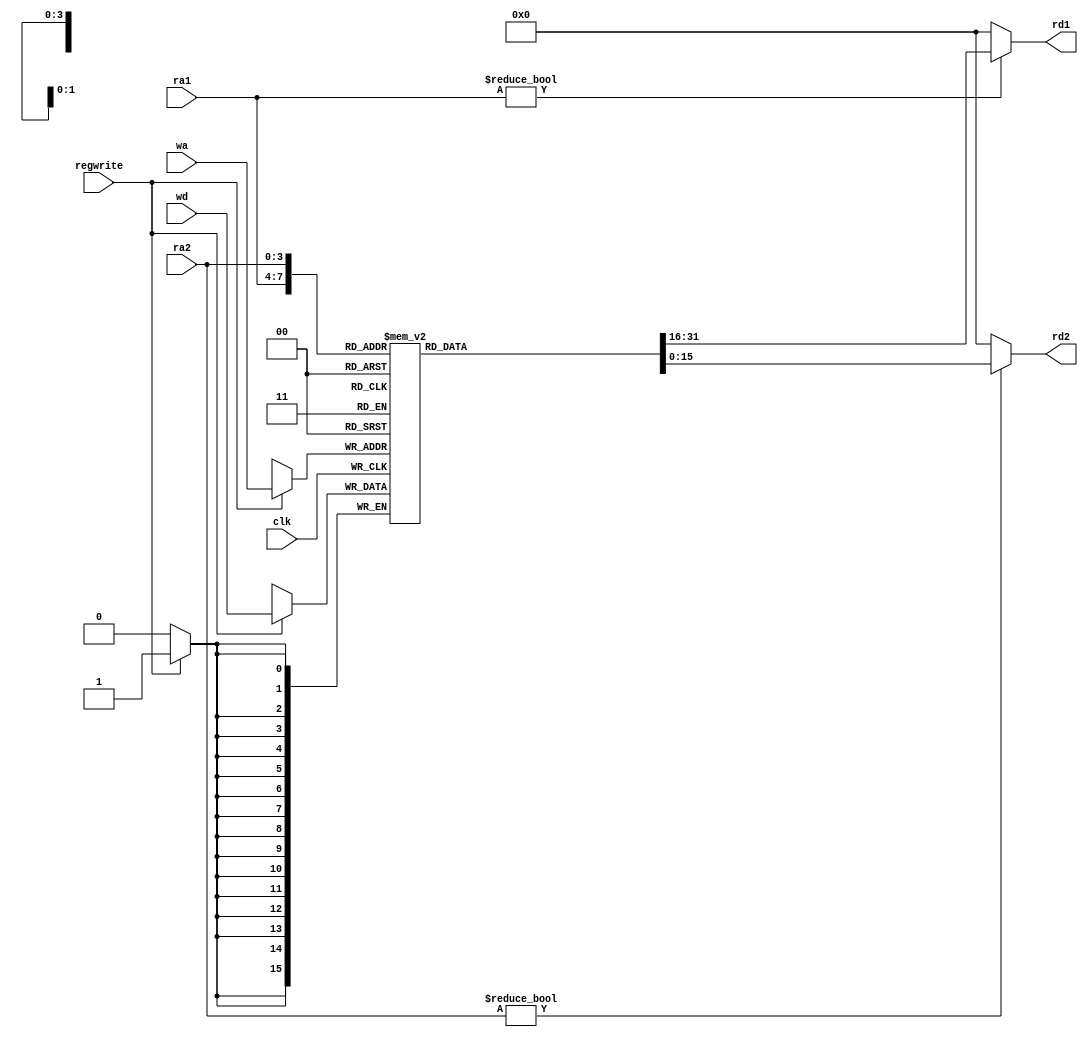

module regfile #(parameter WIDTH = 16, REGBITS = 4)
                (input                clk, 
                 input                regwrite, 
                 input  [REGBITS-1:0] ra1, ra2, wa, 
                 input  [WIDTH-1:0]   wd, 
                 output [WIDTH-1:0]   rd1, rd2);

   reg  [WIDTH-1:0] RAM [(1<<REGBITS)-1:0];

   // three ported register file
   // read two ports combinationally
   // write third port on rising edge of clock
   // register 0 hardwired to 0
   always @(posedge clk)
      if (regwrite) RAM[wa] <= wd;	

   assign rd1 = ra1 ? RAM[ra1] : 16'd0;
   assign rd2 = ra2 ? RAM[ra2] : 16'd0;
	
endmodule